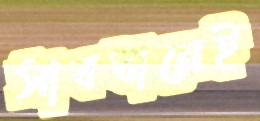
সাবধানেই